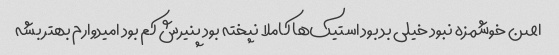
اصن خوشمزه نبود خیلی بد بود استیک‌ها کاملا نپخته بود پنیرش کم بود امیدوارم بهتر بشه